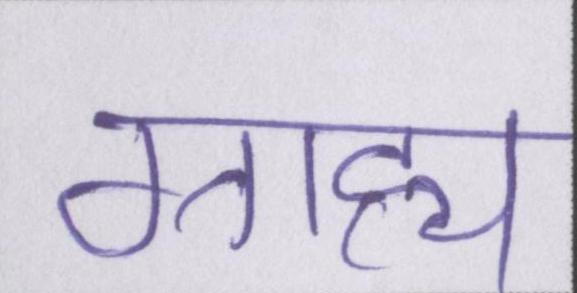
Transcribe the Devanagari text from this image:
ग्राह्य